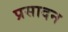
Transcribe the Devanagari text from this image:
प्रसादन